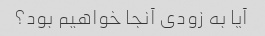
آیا به زودی آنجا خواهیم بود؟